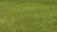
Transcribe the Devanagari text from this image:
भाषासरणी